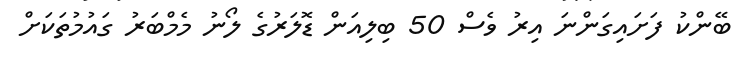
ބޭންކު ފަށައިގަންނަ އިރު ވެސް 50 ބިލިއަން ޑޮލަރުގެ ލޯނު މެމްބަރު ގައުމުތަކަށް